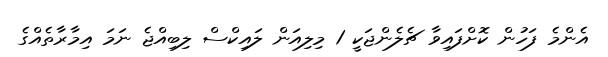
އެންމެ ފަހުން ކޮށްފައިވާ ޗެލެންޖަކީ 1 މިލިއަން ލައިކްސް ލިބިއްޖެ ނަމަ އިމާރާތެއްގެ